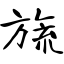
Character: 旒